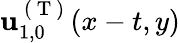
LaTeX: \mathbf{u}_{1,0}^{\mathrm{~(~T~)~}}(x-t,y)